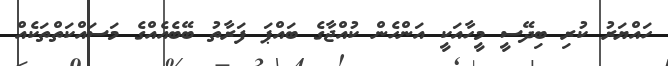
ހައްޔަރު ކުރި ބިދޭސީ މީހާއަކީ އަންހެން ކުއްޖާގެ ބައްޕަ ފަރާތު ބޭބެއެއްގެ މަސައްކަތްތަކެއް